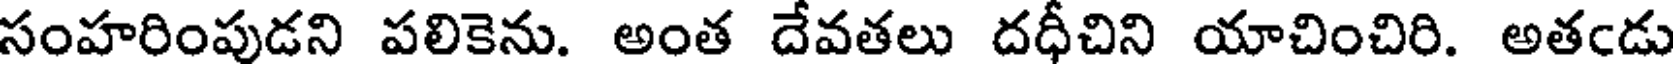
సంహరింపుడని పలికెను. అంత దేవతలు దధీచిని యాచించిరి. అతఁడు